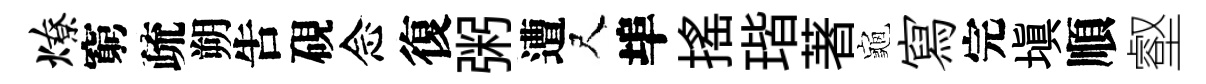
燎窮疏朔吿硯念復粥遭尺埠摇瑎著龜寫完塡順壑